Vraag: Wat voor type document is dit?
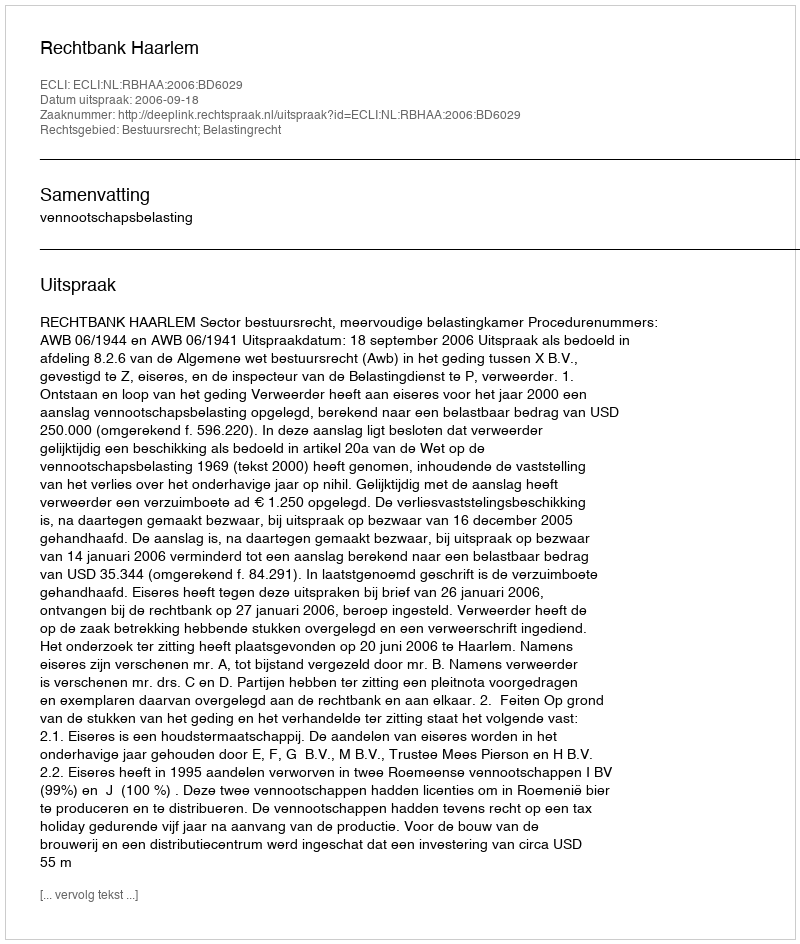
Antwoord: Uitspraak